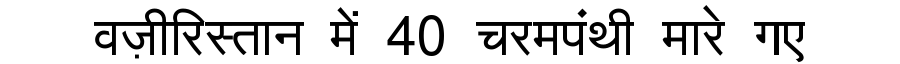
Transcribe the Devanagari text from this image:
वज़ीरिस्तान में 40 चरमपंथी मारे गए